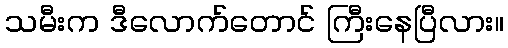
သမီးက ဒီလောက်တောင် ကြီးနေပြီလား။